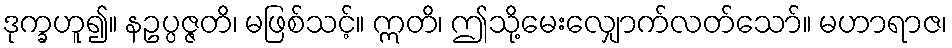
ဒုက္ခဟူ၍။ နဥပ္ပဇ္ဇတိ၊ မဖြစ်သင့်။ ဣတိ၊ ဤသို့မေးလျှောက်လတ်သော်။ မဟာရာဇ၊